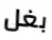
بغل